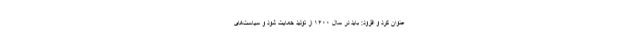
عنوان کرد و افزود: باید در سال ۱۴۰۰ از تولید حمایت شود و سیاست‌های